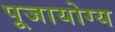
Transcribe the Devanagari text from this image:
पूजायोग्य